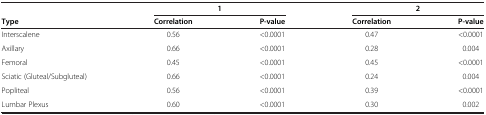
<table><thead><tr><td><b> </b></td><td colspan="2"><b>1</b></td><td colspan="2"><b>2</b></td></tr><tr><td><b>Type</b></td><td><b>Correlation</b></td><td><b>P-value</b></td><td><b>Correlation</b></td><td><b>P-value</b></td></tr></thead><tbody><tr><td>Interscalene</td><td>0.56</td><td>&lt;0.0001</td><td>0.47</td><td>&lt;0.0001</td></tr><tr><td>Axillary</td><td>0.66</td><td>&lt;0.0001</td><td>0.28</td><td>0.004</td></tr><tr><td>Femoral</td><td>0.45</td><td>&lt;0.0001</td><td>0.45</td><td>&lt;0.0001</td></tr><tr><td>Sciatic (Gluteal/Subgluteal)</td><td>0.66</td><td>&lt;0.0001</td><td>0.24</td><td>0.004</td></tr><tr><td>Popliteal</td><td>0.56</td><td>&lt;0.0001</td><td>0.39</td><td>&lt;0.0001</td></tr><tr><td>Lumbar Plexus</td><td>0.60</td><td>&lt;0.0001</td><td>0.30</td><td>0.002</td></tr></tbody></table>